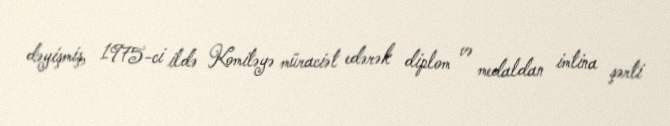
dəyişmiş, 1975-ci ildə Komitəyə müraciət edərək diplom və medaldan imtina şərti